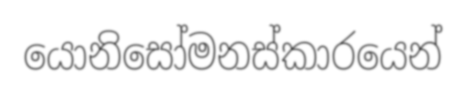
යොනිසෝමනස්කාරයෙන්